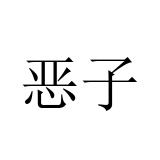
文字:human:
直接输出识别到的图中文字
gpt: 恶子